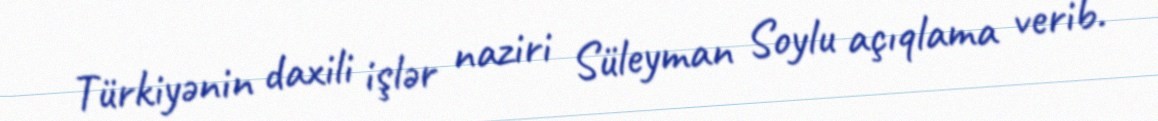
Türkiyənin daxili işlər naziri Süleyman Soylu açıqlama verib.